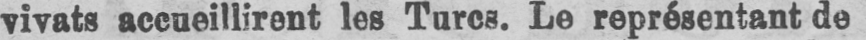
vivats accueillirent les Turcs. Le représentant de